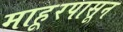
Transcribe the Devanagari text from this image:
माहूरपासून